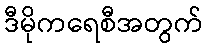
ဒီမိုကရေစီအတွက်